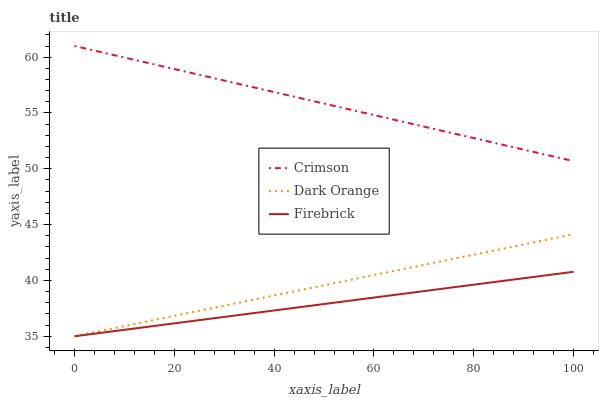
| xaxis_label | Crimson | Dark Orange | Firebrick |
 | --- | --- | --- | --- |
 | 0 | 61 | 35 | 35 |
 | 25 | 58.4 | 37.3 | 36.4 |
 | 50 | 55.8 | 39.6 | 37.9 |
 | 75 | 53.3 | 41.9 | 39.3 |
 | 100 | 50.7 | 44.1 | 40.8 |